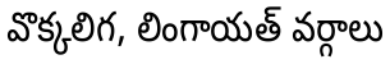
వొక్కలిగ, లింగాయత్ వర్గాలు